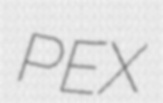
PEX